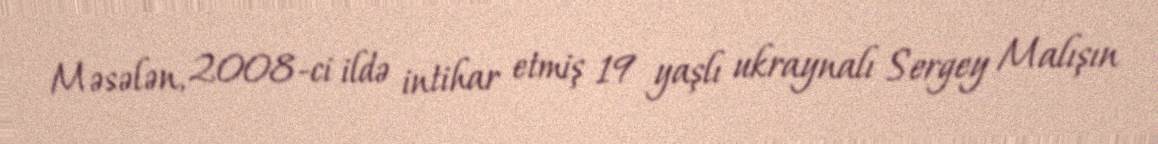
Məsələn, 2008-ci ildə intihar etmiş 19 yaşlı ukraynalı Sergey Malışın